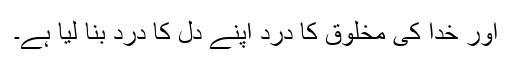
اور خدا کی مخلوق کا درد اپنے دل کا درد بنا لیا ہے۔